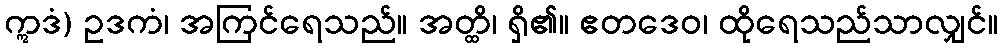
ဣဒံ) ဥဒကံ၊ အကြင်ရေသည်။ အတ္ထိ၊ ရှိ၏။ ဧတဒေဝ၊ ထိုရေသည်သာလျှင်။